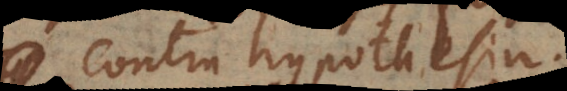
contra hypothesin.